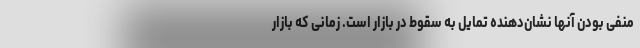
منفی بودن آنها نشان‌دهنده تمایل به سقوط در بازار است. زمانی که بازار